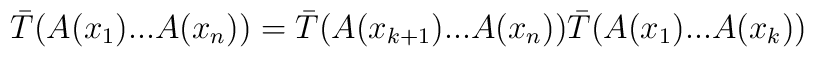
\bar T\bigl( A(x_1)...A(x_n)\bigr) =\bar T\bigl( A(x_{k+1})...A(x_n)\bigr)\bar T\bigl( A(x_1)...A(x_k)\bigr)